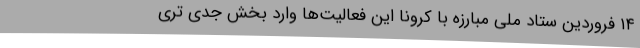
۱۴ فروردین ستاد ملی مبارزه با کرونا این فعالیت‌ها وارد بخش جدی ‌تری